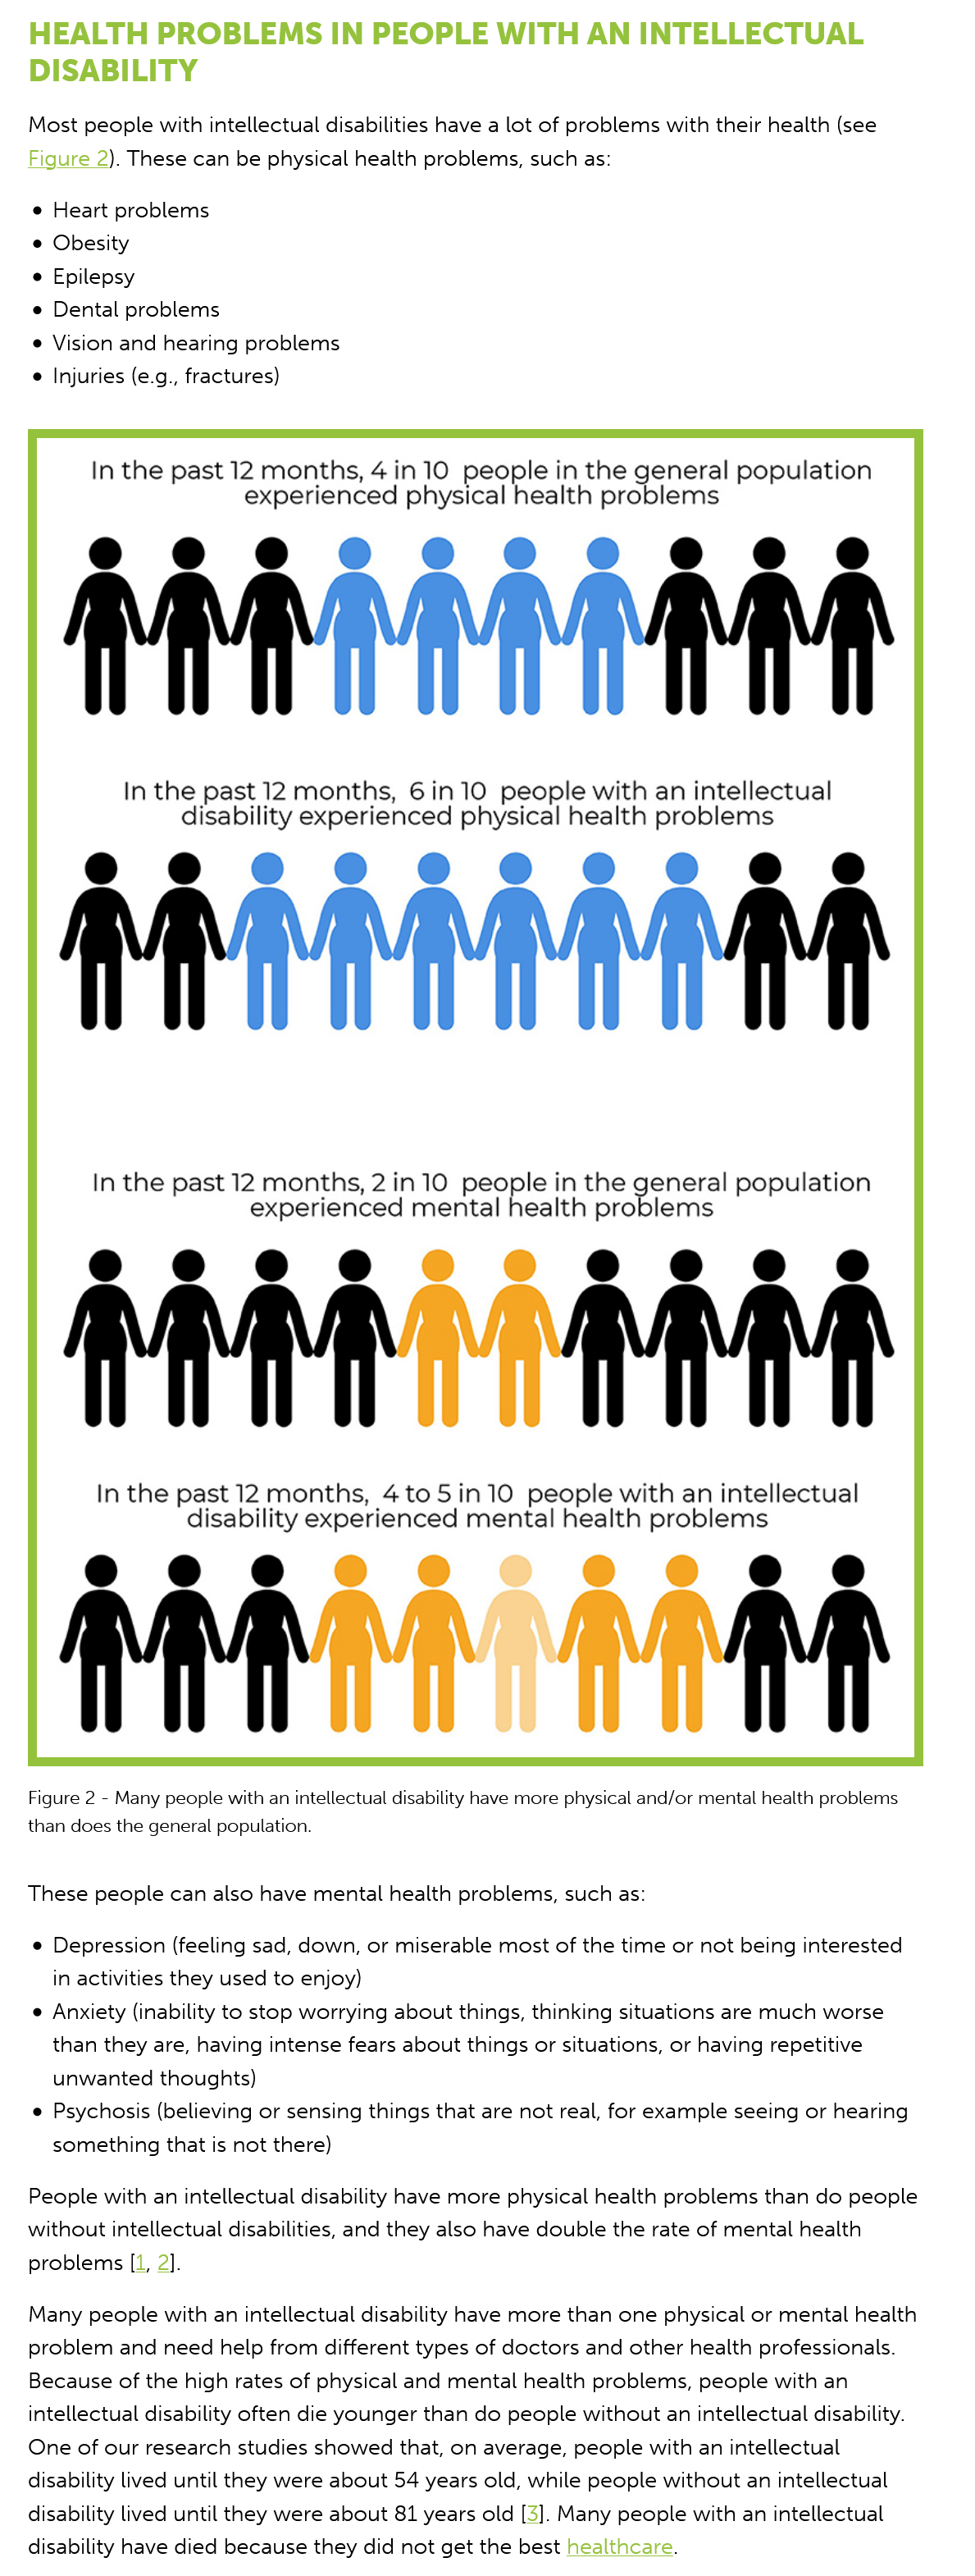
HEALTH    PROBLEMS    IN    PEOPLE    WITH    AN   INTELLECTUAL
   DISABILITY
   Most people with intellectual disabilities have a lot of problems with their health (see
   Figure 2). These can be physical health problems, such as:
    e
    e
     Heart problems
     Obesity
     Epilepsy
     Dental problems
     Vision and hearing problems
     Injuries (e.g., fractures)
   Figure 2
     -
     Many people with an intellectual disability have more physical and/or mental health problems
   than does the general population.
   These people can also have mental health problems, such as:
    e Depression (feeling sad, down, or miserable most of the time or not being interested
     in activities they used to enjoy)
    e Anxiety (inability to stop worrying about things, thinking situations are much worse
     than they are, having intense fears about things or situations, or having repetitive
     unwanted thoughts)
    e Psychosis (believing or sensing things that are not real, for example seeing or hearing
     something that is not there)
   People with an intellectual disability have more physical health problems than do people
   without intellectual disabilities, and they also have double the rate of mental health
   problems [1, 2].
   Many people  with an intellectual disability have more than one physical or mental health
   problem  and need help from different types of doctors and other health professionals.
   Because of the high rates of physical and mental health problems, people with an
   intellectual disability often die younger than do people without an intellectual disability.
   One of our research studies showed that, on average, people with an intellectual
   disability lived until they were about 54 years old, while people without an intellectual
   disability lived until they were about 81 years old [3]. Many people with an intellectual
   disability have died because they did not get the best healthcare.
     In the past  12 months,   4 in 10  people  in the general   population
     experienced    physical  health  problems
     In the past  12 months,    6in 10  people  with  an  intellectual
     disability experienced    physical  health  problems
     In the past 12 months,    4to5in10    people  with  an intellectual
     disability experienced    mental   health  problems
     In the  past 12 months,   2 in 10 people   in the   general population
     experienced    mental    health problems